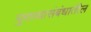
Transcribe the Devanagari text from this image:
पुराव्यासंबंधातील